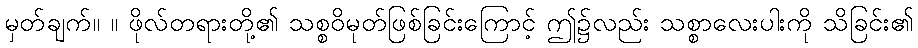
မှတ်ချက်။ ။ ဖိုလ်တရားတို့၏ သစ္စဝိမုတ်ဖြစ်ခြင်းကြောင့် ဤ၌လည်း သစ္စာလေးပါးကို သိခြင်း၏